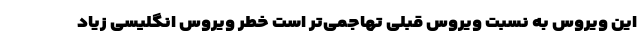
این ویروس به نسبت ویروس قبلی تهاجمی‌تر است خطر ویروس انگلیسی زیاد